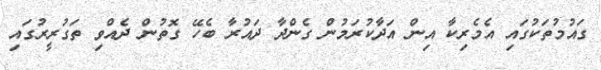
ގައުމުތަކުގައި އެމެރިކާ އިން އަދާކުރަމުން ގެންދާ ދައުރާ ބެހޭ ގޮތުން ދެއްވި ތަގުރީރުގައި